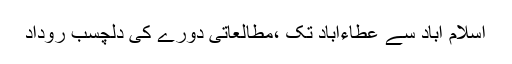
اسلام آباد سے عطاءآباد تک ،مطالعاتی دورے کی دلچسب روداد